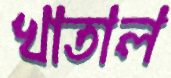
খাতাল